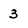
Character: 3